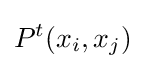
P^{t}(x_{i},x_{j})